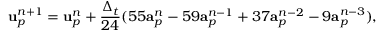
\mathbf { u } _ { p } ^ { n + 1 } = \mathbf { u } _ { p } ^ { n } + \frac { \Delta _ { t } } { 2 4 } ( 5 5 \mathbf { a } _ { p } ^ { n } - 5 9 \mathbf { a } _ { p } ^ { n - 1 } + 3 7 \mathbf { a } _ { p } ^ { n - 2 } - 9 \mathbf { a } _ { p } ^ { n - 3 } ) ,